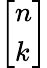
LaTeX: \left[{\begin{array}{l}{n}\\ {k}\end{array}}\right]